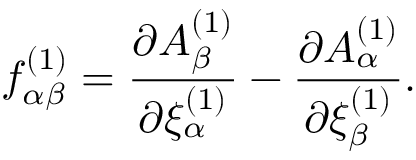
f _ { \alpha \beta } ^ { ( 1 ) } = { \frac { \partial A _ { \beta } ^ { ( 1 ) } } { \partial \xi _ { \alpha } ^ { ( 1 ) } } } - { \frac { \partial A _ { \alpha } ^ { ( 1 ) } } { \partial \xi _ { \beta } ^ { ( 1 ) } } } .